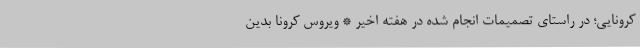
کرونایی؛ در راستای تصمیمات انجام شده در هفته اخیر * ویروس کرونا بدین‌